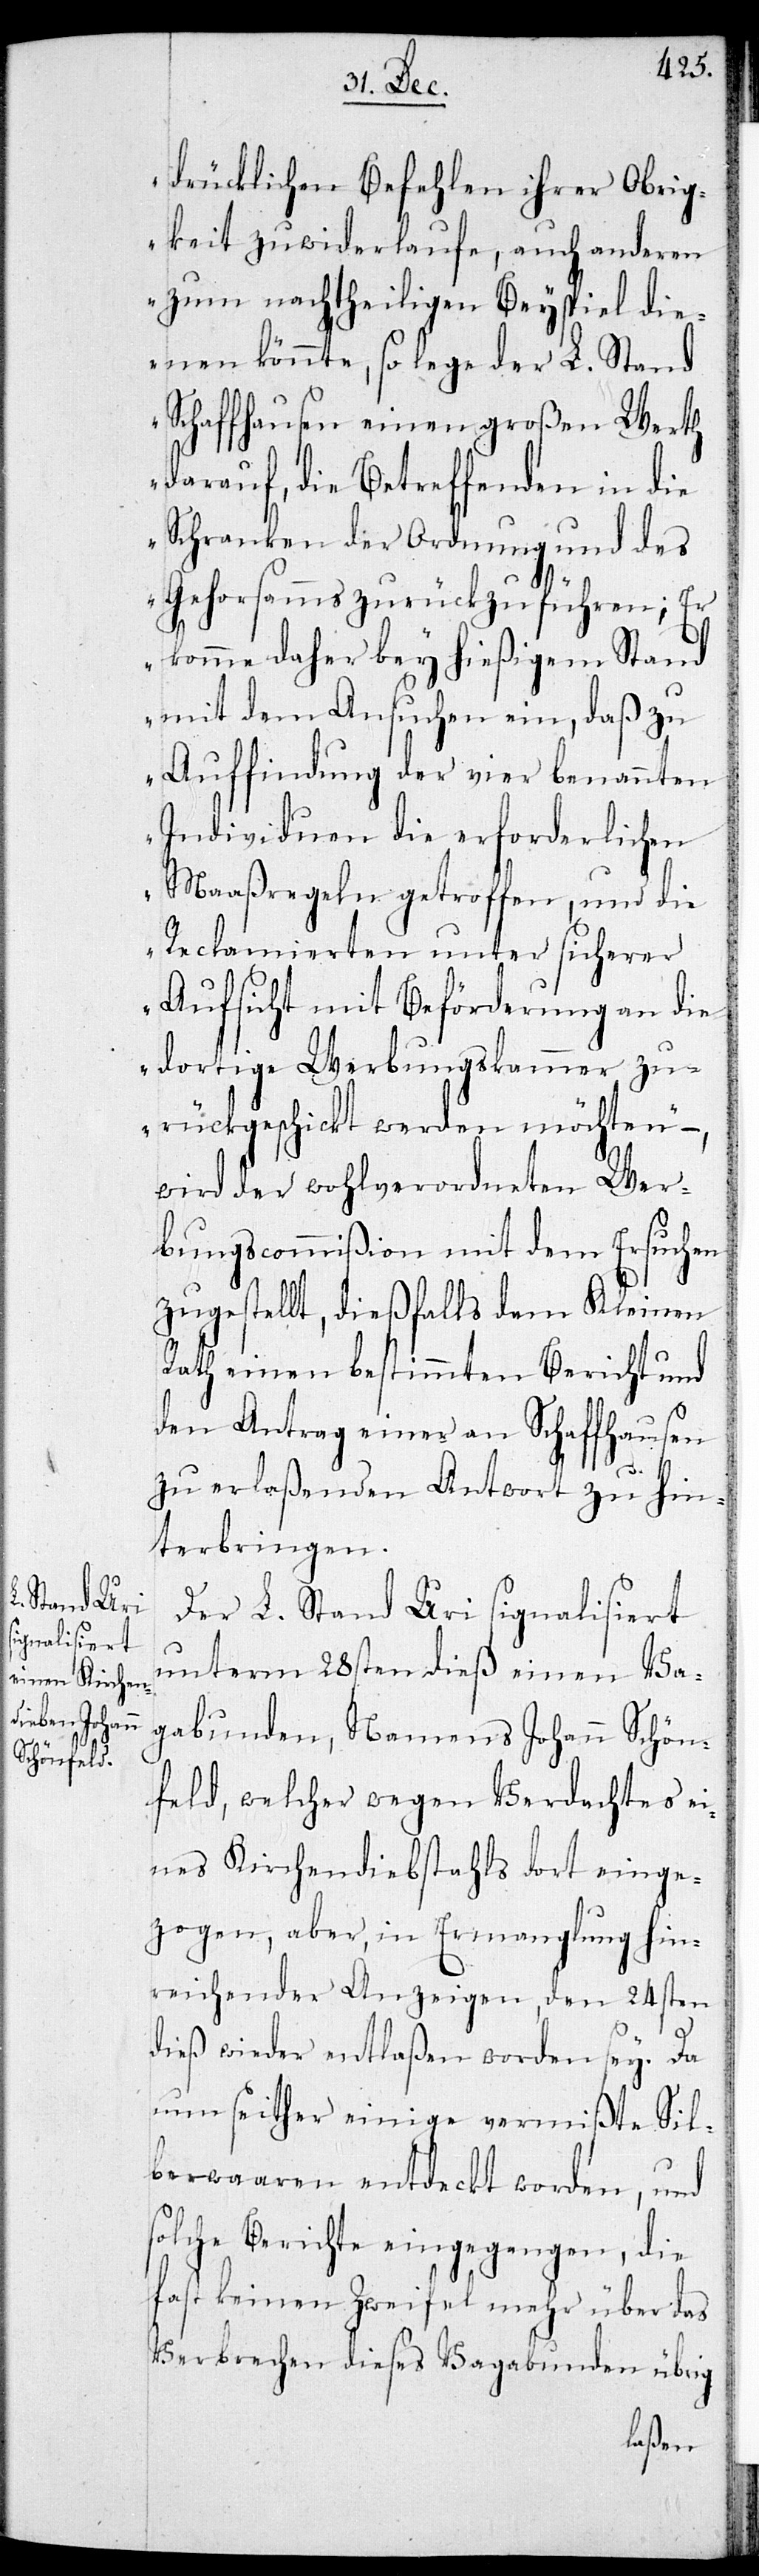
drücklichen Befehlen ihrer Obrig¬
keit zuwiderlaufe, auch anderen
zum nachtheiligen Beyspiel die¬
nen könnte, so lege der L. Stand
Schaffhausen einen großen Werth
darauf, die Betreffenden in die
Schranken der Ordnung und des
Gehorsams zurückzuführen; er
komme daher bey hießigem Stand
mit dem Ansuchen ein, daß zu
Auffindung der vier benannten
Individuen die erforderlichen
Maaßregeln getroffen, und die
Reclamierten unter sicherer
Aufsicht mit Beförderung an die
dortige Werbungskammer zu¬
rückgeschickt werden möchten“ –
wird der wohlverordneten Wer¬
bungscommißion mit dem Ersuchen
zugestellt, dießfalls dem Kleinen
Rath einen bestimmten Bericht und
den Antrag einer an Schaffhausen
zu erlaßenden Antwort zu hin¬
terbringen.
Der L. Stand Uri signalisiert
unterm 28sten dieß einen Va¬
gabunden, Namens Johann Schön¬
feld, welcher wegen Verdachtes ei¬
nes Kirchendiebstahls dort einge¬
zogen, aber, in Ermanglung hin¬
reichender Anzeigen, den 24sten
dieß wieder entlaßen worden sey. Da
nun seither einige vermißte Sil¬
berwaaren entdeckt worden, und
solche Berichte eingegangen, die
fast keinen Zweifel mehr über das
Verbrechen dieses Vagabunden übrig